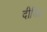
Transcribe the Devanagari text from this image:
दीघित